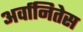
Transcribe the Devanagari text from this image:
अर्वानितेस